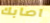
اصابك